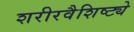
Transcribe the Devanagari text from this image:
शरीरवैशिष्ट्ये